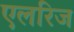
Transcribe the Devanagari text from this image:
एलरिज